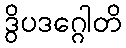
ဒွိပဒဂ္ဂေါတိ